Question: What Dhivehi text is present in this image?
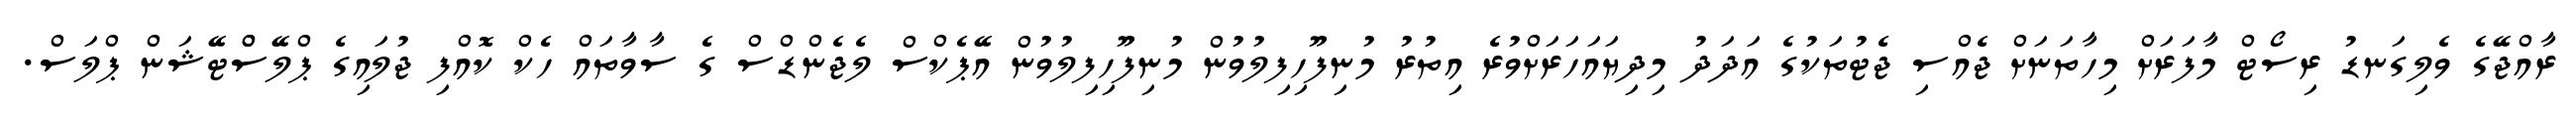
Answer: ރާއްޖޭގެ ވެލިގަނޑު ރިސޯޓް މާފަރަށް މިހާތަނަށް ޖެއްސި ޖެޓުތަކުގެ އަދަދު މިދިޔައަހަރަށްވުރެ އިތުރު މުނިފޫހިފިލުވުން މުނިފޫހިފިލުވުން އޭޕެކްސް ލެޖެންޑްސް ގެ ސާވާތައް ހެކް ކޮއްފި ޖުލައިގެ ޕްލޭސްްޓޭޝަން ޕްލަސް.